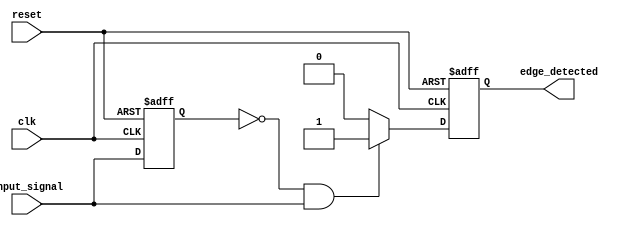
module rising_edge_detector (
    input wire clk,              // Clock signal
    input wire reset,            // Asynchronous reset signal
    input wire input_signal,      // Input signal to detect rising edge
    output reg edge_detected      // Output signal indicating rising edge
);

// Internal register to hold the previous state of input_signal
reg previous_signal;

always @(posedge clk or posedge reset) begin
    if (reset) begin
        // If reset is high, clear the output and previous signal
        edge_detected <= 0;
        previous_signal <= 0;
    end else begin
        // Rising edge detection logic
        if (previous_signal == 0 && input_signal == 1) begin
            edge_detected <= 1; // Rising edge detected
        end else begin
            edge_detected <= 0; // No rising edge
        end
        
        // Update the previous signal state
        previous_signal <= input_signal;
    end
end

endmodule